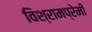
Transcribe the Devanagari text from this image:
विश्रामप्रेमी